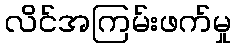
လိင်အကြမ်းဖက်မှု